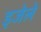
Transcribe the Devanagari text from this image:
इजेले